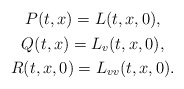
\begin{align*}\begin{gathered}P(t, x) = L(t, x,0),\\Q(t, x) = L_{v}(t, x,0),\\R(t, x,0) = L_{vv}(t, x,0).\end{gathered}\end{align*}